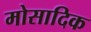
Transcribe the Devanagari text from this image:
मोसादिक